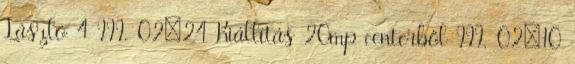
László 4 III. 02:24 Kiállítás 20mp centerből III. 02:10